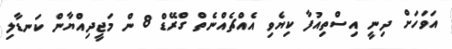
އަވަހަށް ދިނީ އިސްތިއުފާ ކިޔެވި އެއްޗެއްނެތް ގްރޭޑް 8 ން މަޖީދިއްޔާން ކަނޑާލި